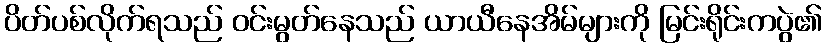
ပိတ်ပစ်လိုက်ရသည် ဝင်းမွတ်နေသည် ယာယီနေအိမ်များကို မြင်းရိုင်းကပွဲ၏